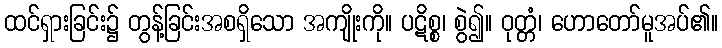
ထင်ရှားခြင်း၌ တွန့်ခြင်းအစရှိသော အကျိုးကို။ ပဋိစ္စ၊ စွဲ၍။ ဝုတ္တံ၊ ဟောတော်မူအပ်၏။